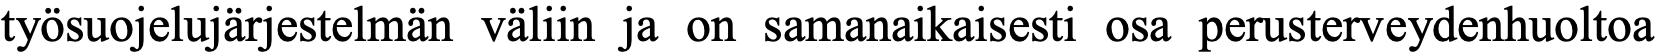
työsuojelujärjestelmän väliin ja on samanaikaisesti osa perusterveydenhuoltoa